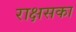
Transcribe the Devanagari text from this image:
राक्षसका